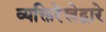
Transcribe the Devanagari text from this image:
व्यक्तिरेखेद्वारे